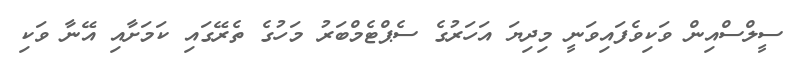
ސީލްސްއިން ވަކިވެފައިވަނީ މިދިޔަ އަހަރުގެ ސެޕްޓެމްބަރު މަހުގެ ތެރޭގައި ކަމަށާއި އޭނާ ވަކި